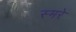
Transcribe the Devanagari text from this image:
स्मरे